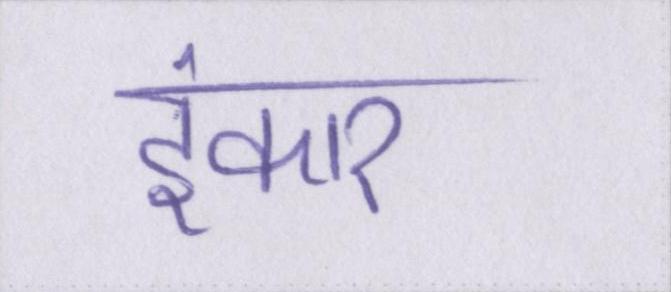
इंकार